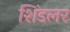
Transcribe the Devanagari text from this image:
शिंडलर